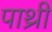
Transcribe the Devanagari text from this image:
पाथ्री